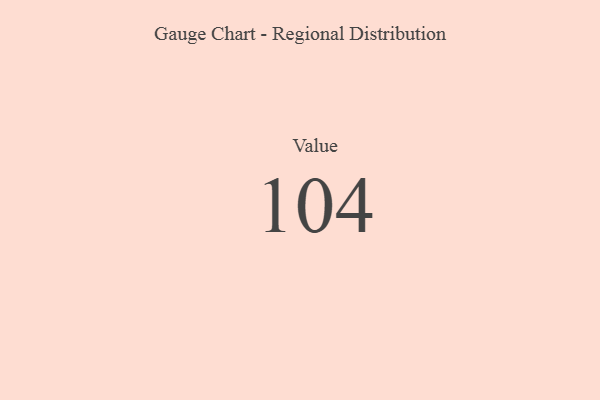
{"axis": {"x": "Metric", "y": "Value"}, "legend": [""], "data": [{"x": "Value", "y": 104, "type": ""}]}